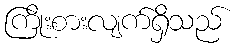
ကြိုးစားလျက်ရှိသည်